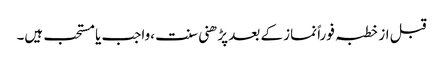
قبل از خطبہ فوراً نماز کے بعد پڑھنی سنت ،واجب یا مستحب ہیں۔